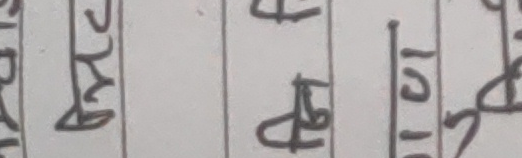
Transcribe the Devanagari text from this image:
फ्रन्ट